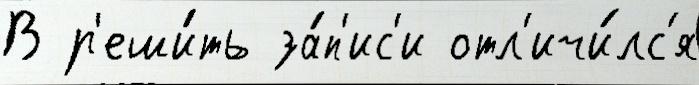
В р'еши́ть за́п'ис'и отл'ичи́лс'я